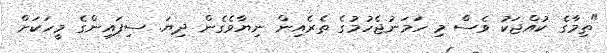
"ތިމާގެ ކުއްޖަކު ވެސް މި ހަމަނުޖެހުމުގެ ތެރެއިން ނިޔާވެގެން ދިޔަ. ސިފައިންގެ މީހަކަށް